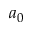
a _ { 0 }